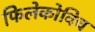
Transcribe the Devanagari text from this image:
फिलेकोविच